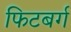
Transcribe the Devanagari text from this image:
फिटबर्ग